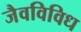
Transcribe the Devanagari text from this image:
जैवविविध